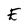
Character: E